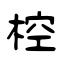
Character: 椌